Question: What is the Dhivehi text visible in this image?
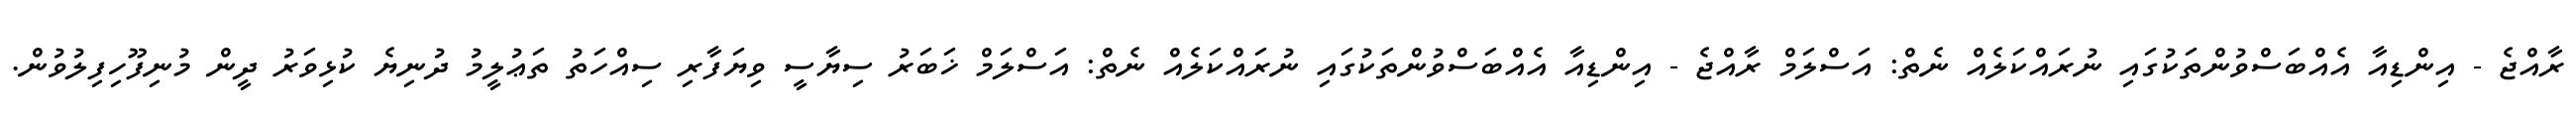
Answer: ރާއްޖެ - އިންޑިއާ އެއްބަސްވުންތަކުގައި ނުރައްކަލެއް ނެތް: އަސްލަމް ރާއްޖެ - އިންޑިއާ އެއްބަސްވުންތަކުގައި ނުރައްކަލެއް ނެތް: އަސްލަމް ޚަބަރު ސިޔާސީ ވިޔަފާރި ސިއްހަތު ތަޢުލީމު ދުނިޔެ ކުޅިވަރު ދީން މުނިފޫހިފިލުވުން.